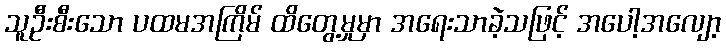
သူဦးစီးသော ပထမအကြိမ် ထိတွေ့မှုမှာ အရေးသာခဲ့သဖြင့် အပေါ့အလျော့